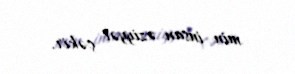
min insan əziyyət çəkir.